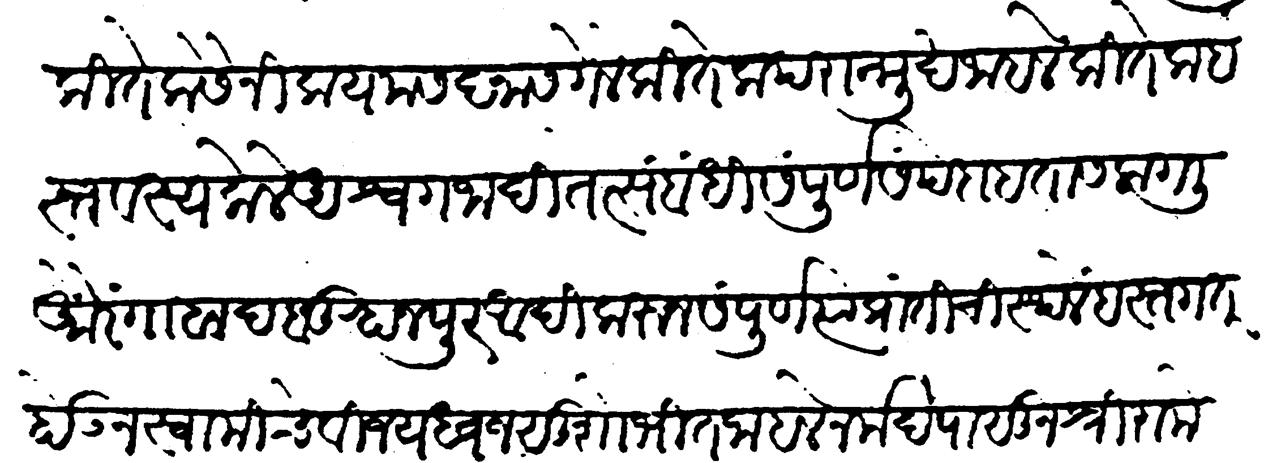
Transliteration (Devanagari): कितेक सैनिक यमसदनास गेले कितेक पराङ्मुख जाहले कितेक हस्तवश्य केले अश्व गजादि तत्संबंधी संपूर्ण संपदा हातास लागली औरंगाबाद व बऱ्हाणपूर आदिकरुन संपूर्ण त्या प्रांतीचीं स्थळें हस्तगत होऊन स्वामीचे विजयध्वज सुशोभित जाहले नर्मदेपासून श्रीरामेश्वरपर्यंत